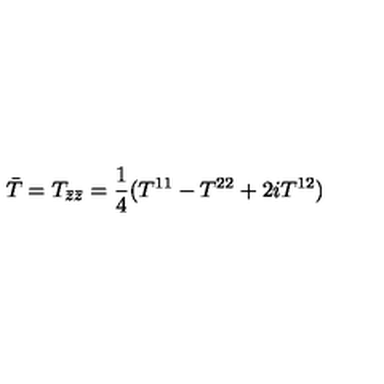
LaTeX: \bar { T } = T _ { \bar { z } \bar { z } } = \frac { 1 } { 4 } ( T ^ { 1 1 } - T ^ { 2 2 } + 2 i T ^ { 1 2 } )